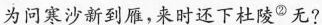
为问寒沙新到雁，来时还下杜陵^{②}无?